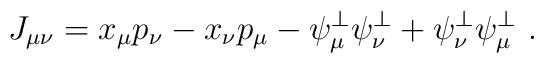
J_{\mu\nu} = x_\mu p_\nu - x_\nu p_\mu -  \psi^\perp_\mu \psi^\perp_\nu   + \psi^\perp_\nu \psi^\perp_\mu \ .